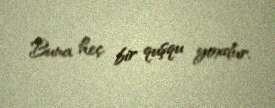
Buna heç bir quşqu yoxdur.